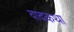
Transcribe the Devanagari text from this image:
वादकथा